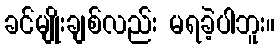
ခင်မျိုးချစ်လည်း မရခဲ့ပါဘူး။